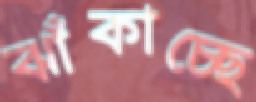
ঝাঁকাচ্ছে